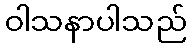
ဝါသနာပါသည်